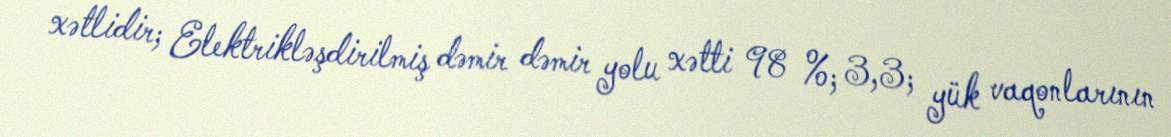
xətlidir; Elektrikləşdirilmiş dəmir dəmir yolu xətti 98 %; 3,3; yük vaqonlarının